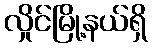
လှိုင်မြို့နယ်ရှိ